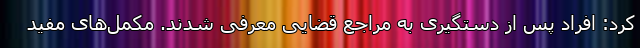
کرد: افراد پس از دستگیری به مراجع قضایی معرفی شدند. مکمل‌های مفید